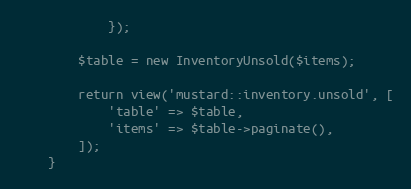
Language: PHP
            });

        $table = new InventoryUnsold($items);

        return view('mustard::inventory.unsold', [
            'table' => $table,
            'items' => $table->paginate(),
        ]);
    }